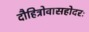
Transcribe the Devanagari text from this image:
दौहित्रोवासहोदरः